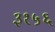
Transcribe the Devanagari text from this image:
३१५६